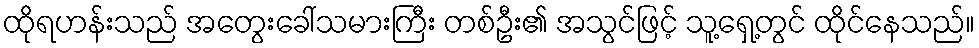
ထိုရဟန်းသည် အတွေးခေါ်သမားကြီး တစ်ဦး၏ အသွင်ဖြင့် သူ့ရှေ့တွင် ထိုင်နေသည်။